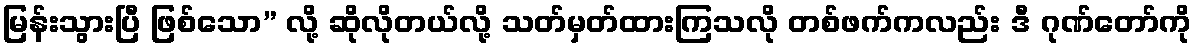
မြန်းသွားပြီ ဖြစ်သော” လို့ ဆိုလိုတယ်လို့ သတ်မှတ်ထားကြသလို တစ်ဖက်ကလည်း ဒီ ဂုဏ်တော်ကို